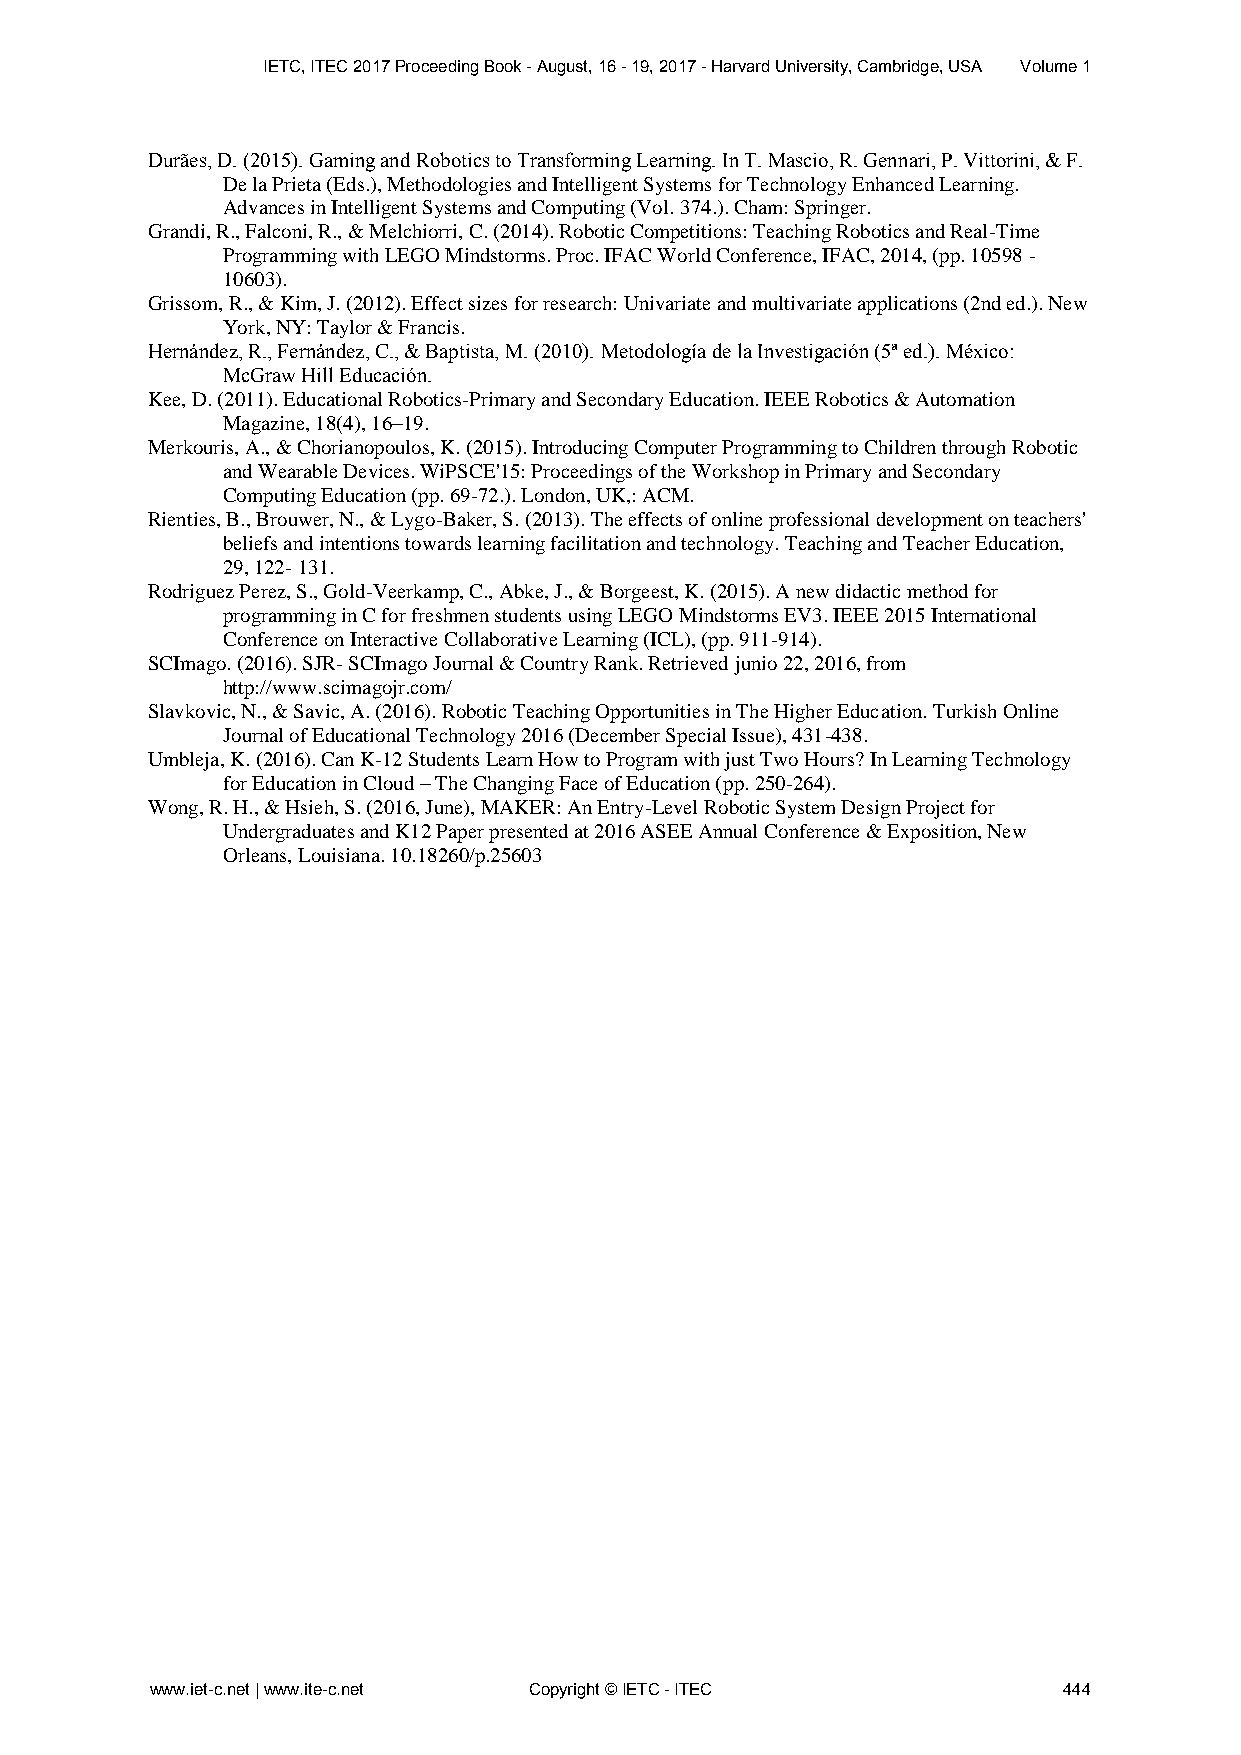
IETC, ITEC 2017 Proceeding Book - August, 16 - 19, 2017 - Harvard University, Cambridge, USA Volume 1
 Durães, D. (2015). Gaming and Robotics to Transforming Learning. In T. Mascio, R. Gennari, P. Vittorini, & F.
 De la Prieta (Eds.), Methodologies and Intelligent Systems for Technology Enhanced Learning.
 Advances in Intelligent Systems and Computing (Vol. 374.). Cham: Springer.
 Grandi, R., Falconi, R., & Melchiorri, C. (2014). Robotic Competitions: Teaching Robotics and Real-Time
 Programming with LEGO Mindstorms. Proc. IFAC World Conference, IFAC, 2014, (pp. 10598 -
 10603).
 Grissom, R., & Kim, J. (2012). Effect sizes for research: Univariate and multivariate applications (2nd ed.). New
 York, NY: Taylor & Francis.
 Hernández, R., Fernández, C., & Baptista, M. (2010). Metodología de la Investigación (5ª ed.). México:
 McGraw Hill Educación.
 Kee, D. (2011). Educational Robotics-Primary and Secondary Education. IEEE Robotics & Automation
 Magazine, 18(4), 16–19.
 Merkouris, A., & Chorianopoulos, K. (2015). Introducing Computer Programming to Children through Robotic
 and Wearable Devices. WiPSCE'15: Proceedings of the Workshop in Primary and Secondary
 Computing Education (pp. 69-72.). London, UK,: ACM.
 Rienties, B., Brouwer, N., & Lygo-Baker, S. (2013). The effects of online professional development on teachers'
 beliefs and intentions towards learning facilitation and technology. Teaching and Teacher Education,
 29, 122- 131.
 Rodriguez Perez, S., Gold-Veerkamp, C., Abke, J., & Borgeest, K. (2015). A new didactic method for
 programming in C for freshmen students using LEGO Mindstorms EV3. IEEE 2015 International
 Conference on Interactive Collaborative Learning (ICL), (pp. 911-914).
 SCImago. (2016). SJR- SCImago Journal & Country Rank. Retrieved junio 22, 2016, from
 http://www.scimagojr.com/
 Slavkovic, N., & Savic, A. (2016). Robotic Teaching Opportunities in The Higher Education. Turkish Online
 Journal of Educational Technology 2016 (December Special Issue), 431-438.
 Umbleja, K. (2016). Can K-12 Students Learn How to Program with just Two Hours? In Learning Technology
 for Education in Cloud – The Changing Face of Education (pp. 250-264).
 Wong, R. H., & Hsieh, S. (2016, June), MAKER: An Entry-Level Robotic System Design Project for
 Undergraduates and K12 Paper presented at 2016 ASEE Annual Conference & Exposition, New
 Orleans, Louisiana. 10.18260/p.25603
 www.iet-c.net | www.ite-c.net Copyright © IETC - ITEC       444